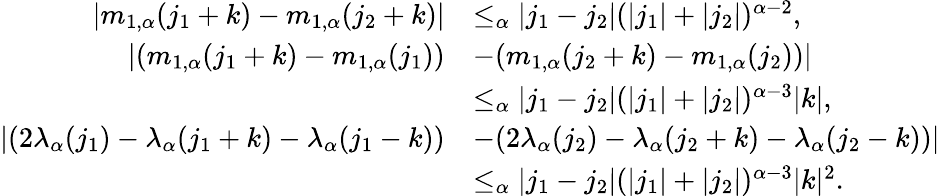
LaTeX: \begin{array}{rl}{|m_{1,\alpha}(j_{1}+k)-m_{1,\alpha}(j_{2}+k)|}&{\le_{\alpha}|j_{1}-j_{2}|(|j_{1}|+|j_{2}|)^{\alpha-2},}\\ {|(m_{1,\alpha}(j_{1}+k)-m_{1,\alpha}(j_{1}))}&{-(m_{1,\alpha}(j_{2}+k)-m_{1,\alpha}(j_{2}))|}\\ &{\le_{\alpha}|j_{1}-j_{2}|(|j_{1}|+|j_{2}|)^{\alpha-3}|k|,}\\ {|(2\lambda_{\alpha}(j_{1})-\lambda_{\alpha}(j_{1}+k)-\lambda_{\alpha}(j_{1}-k))}&{-(2\lambda_{\alpha}(j_{2})-\lambda_{\alpha}(j_{2}+k)-\lambda_{\alpha}(j_{2}-k))|}\\ &{\le_{\alpha}|j_{1}-j_{2}|(|j_{1}|+|j_{2}|)^{\alpha-3}|k|^{2}.}\end{array}